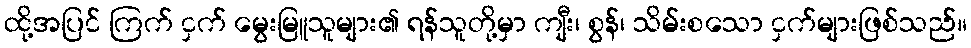
ထို့အပြင် ကြက် ငှက် မွေးမြူသူများ၏ ရန်သူတို့မှာ ကျီး၊ စွန်၊ သိမ်းစသော ငှက်များဖြစ်သည်။